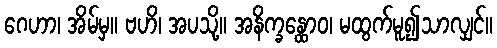
ဂေဟာ၊ အိမ်မှ။ ဗဟိ၊ အပသို့။ အနိက္ခန္ထောဝ၊ မထွက်မူ၍သာလျှင်။